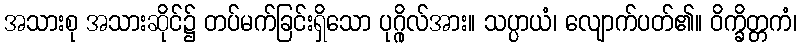
အသားစု အသားဆိုင်၌ တပ်မက်ခြင်းရှိသော ပုဂ္ဂိုလ်အား။ သပ္ပာယံ၊ လျောက်ပတ်၏။ ဝိက္ခိတ္တကံ၊